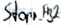
Text: Stopp_FB2